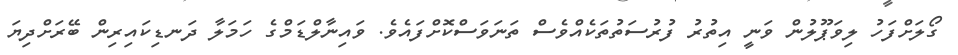
ގޯލަށްފަހު ލިވަޕޫލުން ވަނީ އިތުރު ފުރުސަތުތަކެއްވެސް ތަނަވަސްކޮށްފައެވެ. ވައިނާލްޑަމްގެ ހަމަލާ ދަނޑިކައިރިން ބޭރަށްދިޔަ